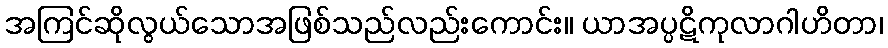
အကြင်ဆိုလွယ်သောအဖြစ်သည်လည်းကောင်း။ ယာအပ္ပဋိကုလာဂါဟိတာ၊